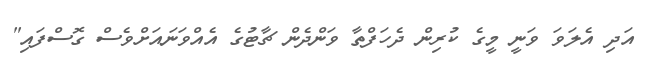
އަދި އެލަވަ ވަނީ މީގެ ކުރިން ދެހަފްތާ ވަންދެން ޗާޓުގެ އެއްވަނައަށްވެސް ގޮސްފައި"